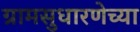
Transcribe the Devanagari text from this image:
ग्रामसुधारणेच्या